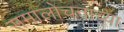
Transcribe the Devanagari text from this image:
समालोचनाच्या